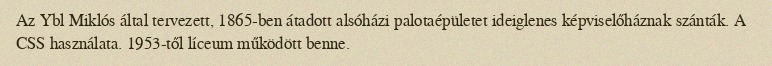
Az Ybl Miklós által tervezett, 1865-ben átadott alsóházi palotaépületet ideiglenes képviselőháznak szánták. A CSS használata. 1953-től líceum működött benne.